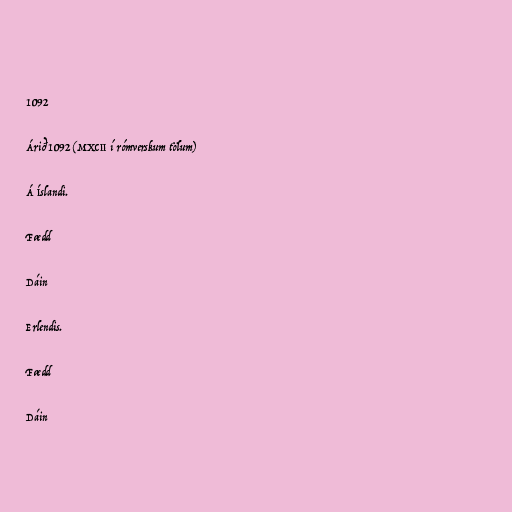
1092

Árið 1092 (MXCII í rómverskum tölum)

Á Íslandi.

Fædd

Dáin

Erlendis.

Fædd

Dáin